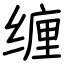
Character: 缠